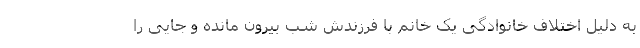
به دلیل اختلاف خانوادگی یک خانم با فرزندش شب بیرون مانده و جایی را